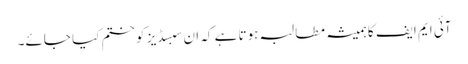
آئی ایم ایف کا ہمیشہ مطالبہ ہوتا ہے کہ ان سبسڈیز کو ختم کیا جائے۔